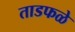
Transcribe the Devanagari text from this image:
ताडफळे